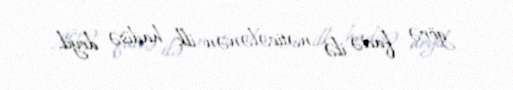
görə faciə ilə nəticələnən ilk hadisə deyil.